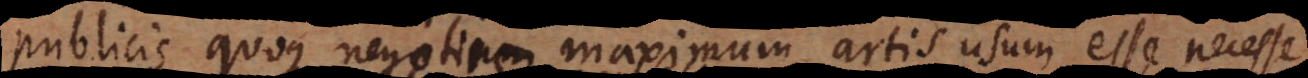
publicis quoque negotiis maximum artis usum esse necesse